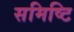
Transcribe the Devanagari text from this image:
समिष्टि